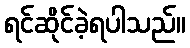
ရင်ဆိုင်ခဲ့ရပါသည်။